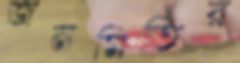
জনমিতির